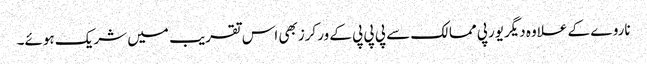
ناروے کے علاوہ دیگریورپی ممالک سے پی پی پی کے ورکرزبھی اس تقریب میں شریک ہوئے۔